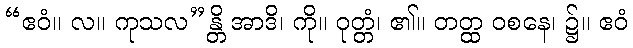
“ဧဝံ။ လ။ ကုသလ”န္တိ အာဒိ၊ ကို။ ဝုတ္တံ၊ ၏။ တတ္ထ ဝစနေ၊ ၌။ ဧဝံ